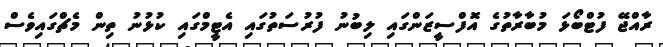
ރާއްޖޭ ފުޓްބޯޅަ މުބާރާތުގެ އޮފްސީޒަންގައި ލިބުނު ފުރުސަތުގައި އެޓީމްގައި ކުޅުނު ތިން މެޗްގައިވެސް